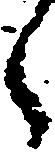
々